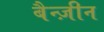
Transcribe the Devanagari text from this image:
बैन्ज़ीन